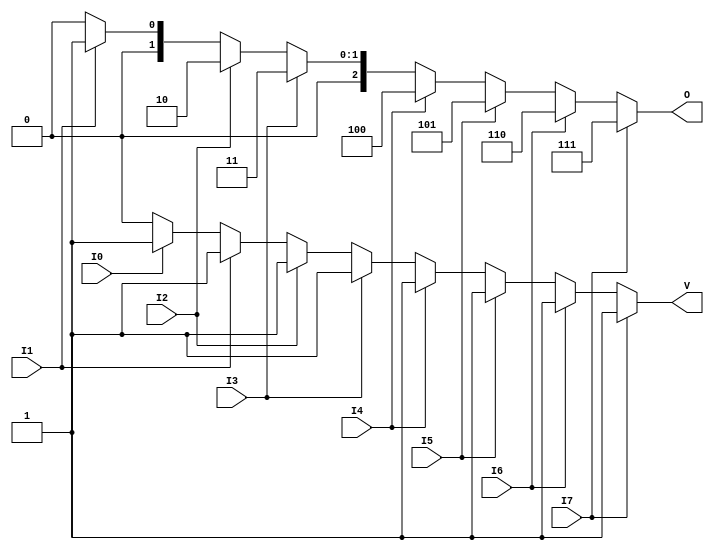
module encoder_8to3 (
    input wire I0,
    input wire I1,
    input wire I2,
    input wire I3,
    input wire I4,
    input wire I5,
    input wire I6,
    input wire I7,
    output reg [2:0] O, // 3-bit output
    output reg V        // Valid output
);

always @(*) begin
    // Default values
    O = 3'b000; // Default output
    V = 1'b0;   // Default valid output

    if (I7) begin
        O = 3'b111;
        V = 1'b1;
    end else if (I6) begin
        O = 3'b110;
        V = 1'b1;
    end else if (I5) begin
        O = 3'b101;
        V = 1'b1;
    end else if (I4) begin
        O = 3'b100;
        V = 1'b1;
    end else if (I3) begin
        O = 3'b011;
        V = 1'b1;
    end else if (I2) begin
        O = 3'b010;
        V = 1'b1;
    end else if (I1) begin
        O = 3'b001;
        V = 1'b1;
    end else if (I0) begin
        O = 3'b000;
        V = 1'b1;
    end
end

endmodule